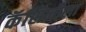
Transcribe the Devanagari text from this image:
कॅसिनीला